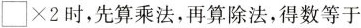
×2时，先算乘法，再算除法，得数等于